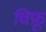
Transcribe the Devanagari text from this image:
चिफ़ू